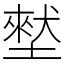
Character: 㙬